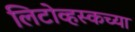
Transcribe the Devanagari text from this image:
लिटोव्हस्कच्या